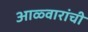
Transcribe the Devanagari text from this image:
आळ्वारांची